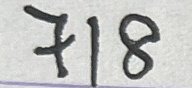
718